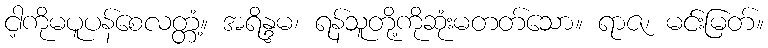
ငါ့ကိုမပူပန်စေလတ္တံ့။ အရိန္ဒမ၊ ရန်သူတို့ကိုဆုံးမတတ်သော။ ရာဇ၊ မင်းမြတ်။